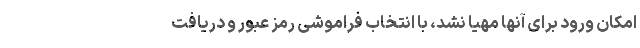
امکان ورود برای آنها مهیا نشد، با انتخاب فراموشی رمز عبور و دریافت